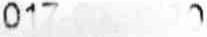
017